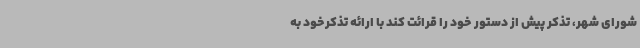
شورای شهر، تذکر پیش از دستور خود را قرائت کند با ارائه تذکرخود به